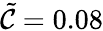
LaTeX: \tilde{\mathcal{C}}=0.08